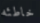
خاطئه